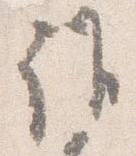
誰